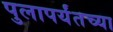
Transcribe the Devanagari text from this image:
पुलापर्यंतच्या